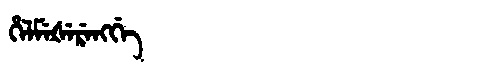
Manchu: ᡥᡝᠯᠮᡝᡧᡝᡵᡝᠩᡤᡝ
Romanization: HELMEŠERENGGE